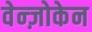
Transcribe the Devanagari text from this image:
वेन्ज़ोकेन